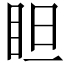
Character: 𥅃